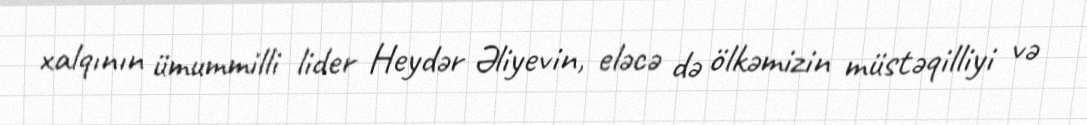
xalqının ümummilli lider Heydər Əliyevin, eləcə də ölkəmizin müstəqilliyi və